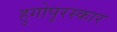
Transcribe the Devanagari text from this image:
हुगोपुरस्कार